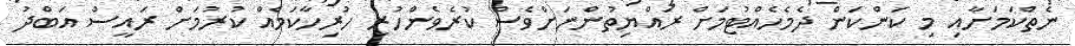
ނެތްކަމަށާއި މި ކަންކަން ދެމެހެއްޓުމަށް ރައްޔިތުންނަށްވެސް ކުރެވެންހުރި ހުރިހާކަމެއް ކުރުމަށް ރައީސް އަބްދު